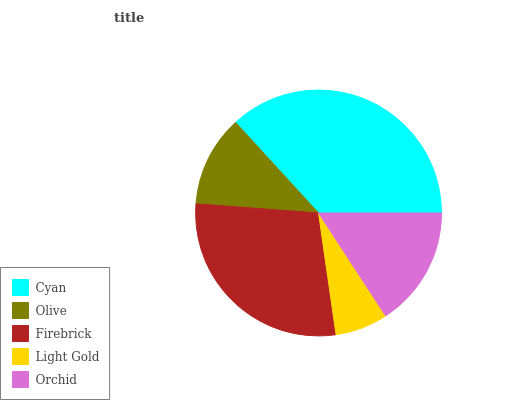
| Cyan | Olive | Firebrick | Light Gold | Orchid |
 | --- | --- | --- | --- | --- |
 | 36.8% | 12% | 28.5% | 6.92% | 15.8% |